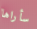
سأراها